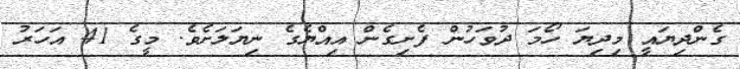
ގެންދިޔައީ މިދިޔަ ހޯމަ ދުވަހުން ފެށިގެން އިއްޔެގެ ނިޔަލަށެވެ. މީގެ 41 އަހަރު